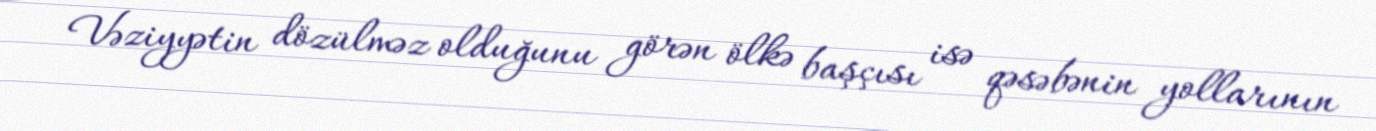
Vəziyyətin dözülməz olduğunu görən ölkə başçısı isə qəsəbənin yollarının